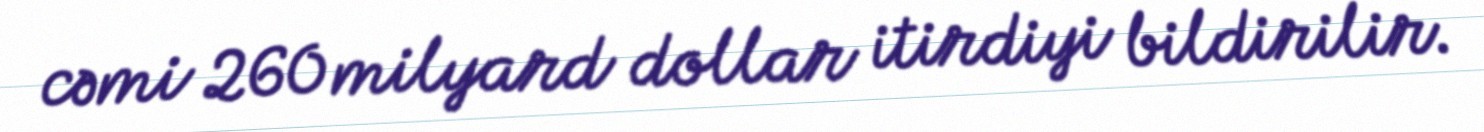
cəmi 260 milyard dollar itirdiyi bildirilir.